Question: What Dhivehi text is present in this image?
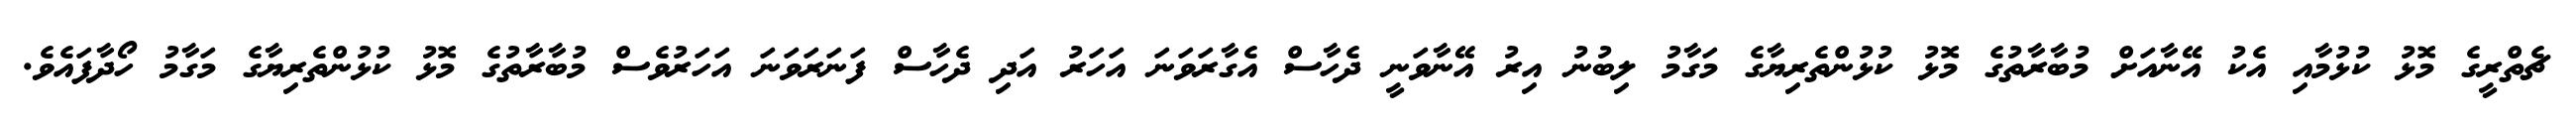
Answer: ޗެތްރީގެ މޮޅު ކުޅުމާއި އެކު އޭނާއަށް މުބާރާތުގެ މޮޅު ކުޅުންތެރިޔާގެ މަގާމު ލިބުނު އިރު އޭނާވަނީ ދެހާސް އެގާރަވަނަ އަހަރު އަދި ދެހާސް ފަނަރަވަނަ އަހަރުވެސް މުބާރާތުގެ މޮޅު ކުޅުންތެރިޔާގެ މަގާމު ހޯދާފައެވެ.